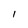
Character: 1